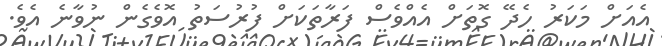
އެއަށް މަކަރު ހެދޭ ގޮތަށް އެއްވެސް ފަރާތަކަށް ފުރުސަތު އޮވެގެން ނުވާނެ އެވެ.